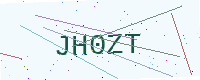
Text: JH0ZT